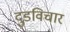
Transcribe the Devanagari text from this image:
दुडविचार